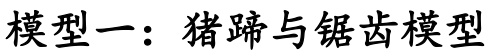
模型一：猪蹄与锯齿模型